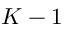
K - 1